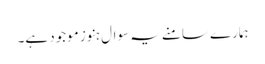
ہمارے سامنے یہ سوال ہنوز موجود ہے۔